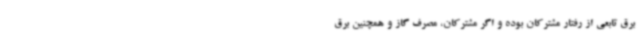
برق تابعی از رفتار مشترکان بوده و اگر مشترکان، مصرف گاز و همچنین برق